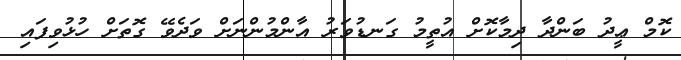
ކޮމް ޢީދު ބަންދާ ދިމާކޮށް އުތީމު ގަނޑުވަރު އާންމުންނަށް ވަދެވޭ ގޮތަށް ހުޅުވިފައި